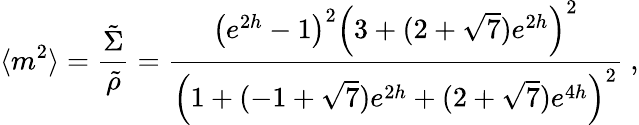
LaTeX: \langle m^{2}\rangle={\frac{\tilde{\Sigma}}{\tilde{\rho}}}={\frac{\left(e^{2h}-1\right)^{2}\left(3+(2+\sqrt{7})e^{2h}\right)^{2}}{\left(1+(-1+\sqrt{7})e^{2h}+(2+\sqrt{7})e^{4h}\right)^{2}}}\ ,